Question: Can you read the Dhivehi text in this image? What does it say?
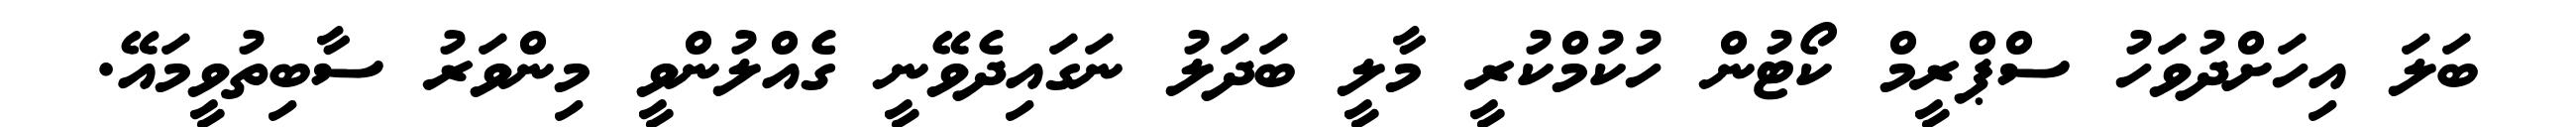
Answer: ބަލަ އިހަށްދުވަހު ސްޕްރީމް ކޯޓުން ހުކުމްކުރީ މާލީ ބަދަލު ނަގައިދެވޭނީ ގެއްލުންވީ މިންވަރު ސާބިތުވީމައޭ.